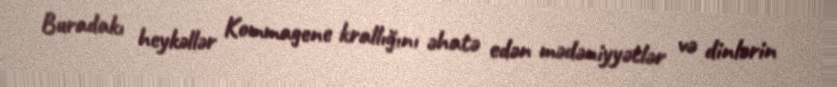
Buradakı heykəllər Kommagene krallığını əhatə edən mədəniyyətlər və dinlərin